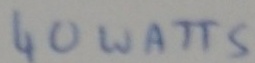
Text: 40 WATTS